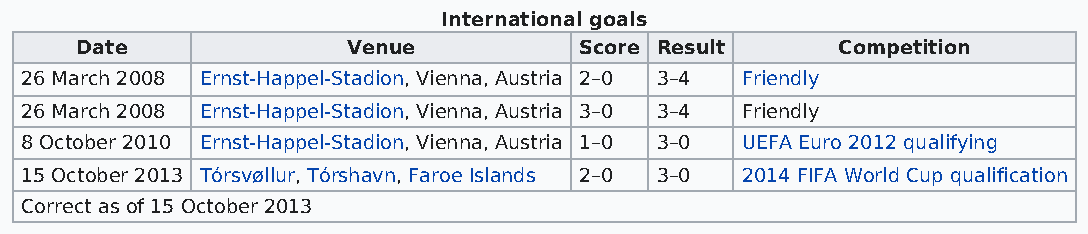
International goals
 Date              Venue          Score Result     Competition
 26 March 2008 Ernst-Happel-Stadion, Vienna, Austria 2–0 3–4 Friendly
 26 March 2008 Ernst-Happel-Stadion, Vienna, Austria 3–0 3–4 Friendly
 8 October 2010 Ernst-Happel-Stadion, Vienna, Austria 1–0 3–0 UEFA Euro 2012 qualifying
 15 October 2013 Tórsvøllur, Tórshavn, Faroe Islands 2–0 3–0 2014 FIFA World Cup qualification
 Correct as of 15 October 2013